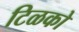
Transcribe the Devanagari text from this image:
टिळको